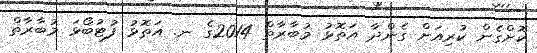
ކޮށްގެން ކުރިއަށް ގެންދާ އަތޮޅު މުބާރާތް 2014ގެ ނ. އަތޮޅު ފުޓުބޯޅަ މުބާރާތް